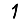
Digit: 1